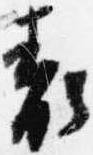
表